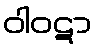
ဝါဝဋာ